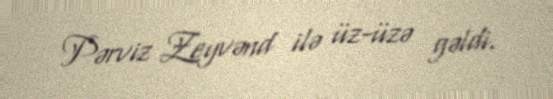
Pərviz Zeyvənd ilə üz-üzə gəldi.